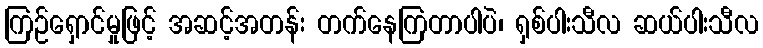
ကြဉ်ရှောင်မှုဖြင့် အဆင့်အတန်း တက်နေကြတာပါပဲ၊ ရှစ်ပါးသီလ ဆယ်ပါးသီလ